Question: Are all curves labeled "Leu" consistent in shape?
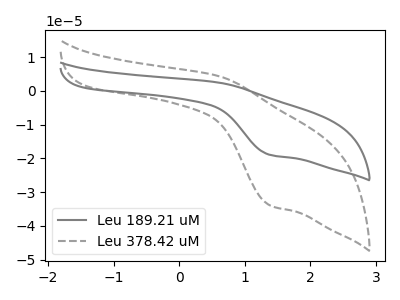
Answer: <think>The gray curve "Leu 189.21 uM" has an anodic peak at (0.60V, 2.45uA) and a cathodic peak at (1.40V, -19.00uA). The gray dashed curve "Leu 378.42 uM" has an anodic peak at (0.60V, 4.40uA) and a cathodic peak at (1.40V, -33.95uA).
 All the peaks in "Leu 189.21 uM" have a peak in "Leu 378.42 uM" at the same potential. Every peak in "Leu 189.21 uM" is lower than every peak in "Leu 378.42 uM".</think>
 <answer>All the CV's of "Leu" have similar shape.</answer>
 <eval>follow_rule</eval>